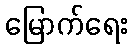
မြောက်ရေး